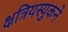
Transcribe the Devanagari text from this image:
क्षत्रियस्युकने